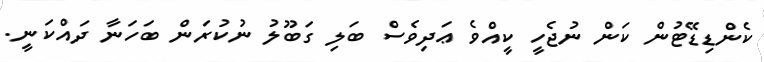
ކެންޑިޑޭޓުން ކަން ނުޖެހީ ކީއްވެ ޢަދިވެސް ބަލި ގަބޫލު ނުކުރަން ބަހަނާ ދައްކަނީ.